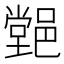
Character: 𨝦